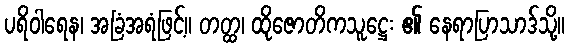
ပရိဝါရေန၊ အခြံအရံဖြင့်။ တတ္ထ၊ ထိုဇောတိကသူဋ္ဌေး ၏ နေရာပြာသာဒ်သို့။